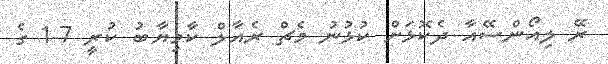
ރޭ ލިއޯންސޭއާ ދެކޮޅަށް ކުޅުނު މެޗް ރެއާލް ކާމިޔާބު ކުރީ 7-1 ގެ